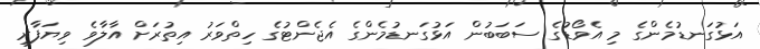
އަޅުގަނޑުމެންގެ މި އެވޯޑުގެ ސަބަބުން އަޅުގަނޑުމެންގެ އެޖެންޓުގެ ހިތްވަރު އިތުރަށް އާލާވެ ވިޔަފާރި